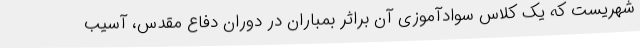
شهریست که یک کلاس سوادآموزی آن براثر بمباران در دوران دفاع مقدس، آسیب